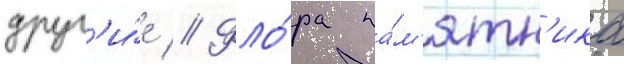
друг'и́е // Фло́ра па́м'ятн'ика